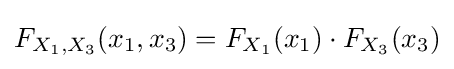
F_{X_{1},X_{3}}(x_{1},x_{3})=F_{X_{1}}(x_{1})\cdot F_{X_{3}}(x_{3})